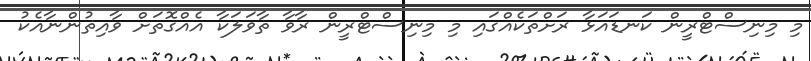
މި މިނިސްޓްރީން ކަނޑައަޅާ ރަށްތަކެއްގައި މި މިނިސްޓްރީން ރާވާ ތާވަލަކާ އެއްގޮތަށް ވާއިޡުންނާއެކު